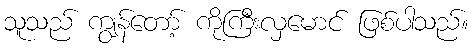
သူသည် ကျွန်တော့် ကိုကြီးလှမောင် ဖြစ်ပါသည်။